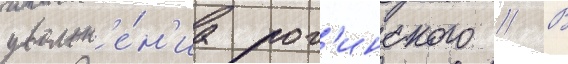
увольн'е́н'иа рог'инского // В